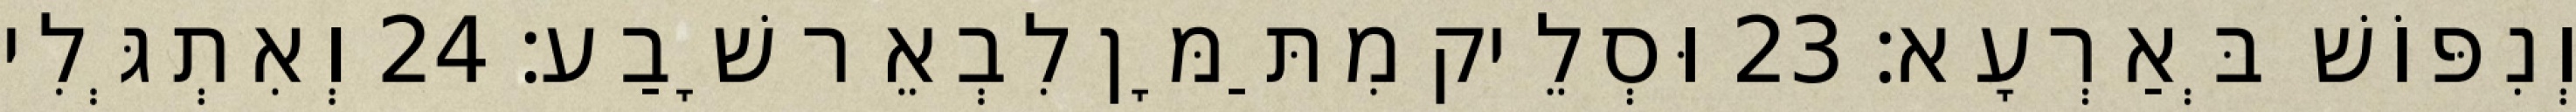
וְנִפּוֹשׁ בְּאַרְעָא׃ 23 וּסְלֵיק מִתַּמָּן לִבְאֵר שָׁבַע׃ 24 וְאִתְגְּלִי